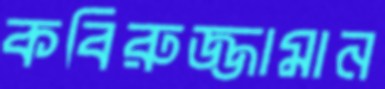
কবিরুজ্জামান